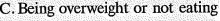
C.Being overweight or not eating